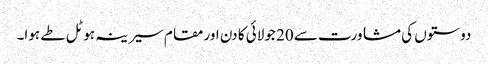
دوستوں کی مشاورت سے 20 جولائی کا دن اور مقام سیرینہ ہوٹل طے ہوا۔